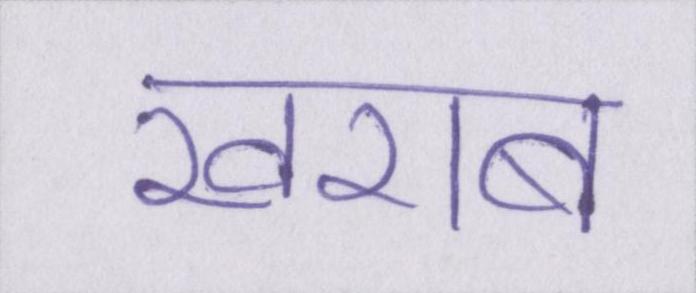
खराब